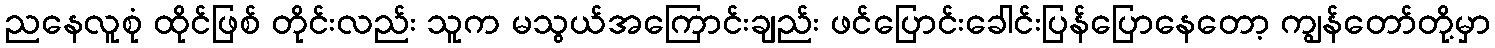
ညနေလူစုံ ထိုင်ဖြစ် တိုင်းလည်း သူက မသွယ်အကြောင်းချည်း ဖင်ပြောင်းခေါင်းပြန်ပြောနေတော့ ကျွန်တော်တို့မှာ